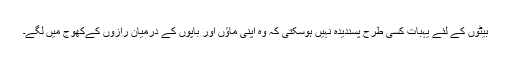
بیٹوں کے لئے یہبات کسی طرح پسندیدہ نہیں ہوسکتی کہ وہ اپنی ماؤں اور باپوں کے درمیان رازوں کےکھوج میں لگے۔